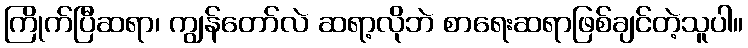
ကြိုက်ပြီဆရာ၊ ကျွန်တော်လဲ ဆရာ့လိုဘဲ စာရေးဆရာဖြစ်ချင်တဲ့သူပါ။